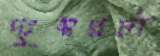
দুঃস্বপ্নটা